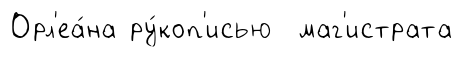
Орл'еа́на ру́коп'исью маг'истрата